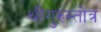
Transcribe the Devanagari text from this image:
श्रीगुरुस्तोत्र